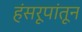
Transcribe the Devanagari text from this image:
हंसरूपांतून